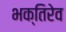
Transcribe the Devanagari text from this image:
भक्तिरेव